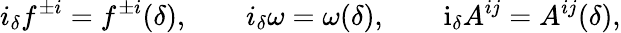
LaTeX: i_{\delta}f^{\pm i}=f^{\pm i}(\delta),\qquad i_{\delta}\omega=\omega(\delta),\qquad\mathrm{i}_{\delta}A^{ij}=A^{ij}(\delta),